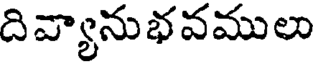
దివ్యానుభవములు